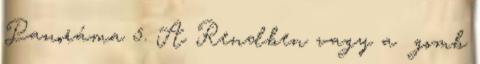
Panoráma 5. A Rendben vagy a gomb